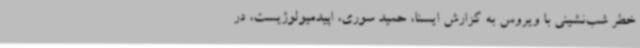
خطر شب‌نشینی با ویروس به گزارش ایسنا، حمید سوری، اپیدمیولوژیست، در